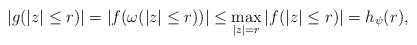
LaTeX: \begin{align*}|g(|z|\leq r)|= |f(\omega(|z| \leq r))| \leq \max_{|z|=r}|f(|z|\leq r)| = h_{\psi}(r),\end{align*}